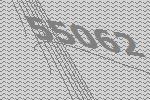
55062